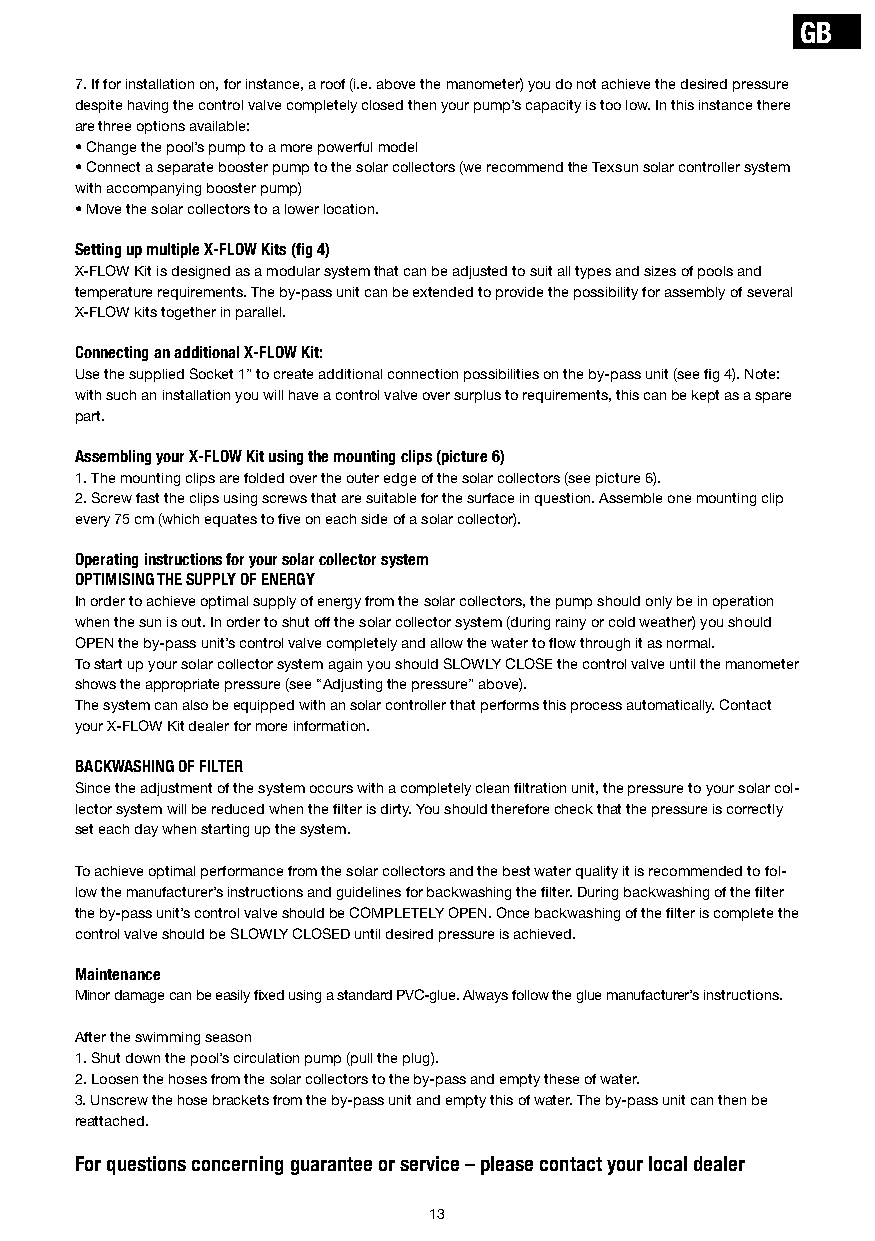
GB
 7. If for installation on, for instance, a roof (i.e. above the manometer) you do not achieve the desired pressure
 despite having the control valve completely closed then your pump’s capacity is too low. In this instance there
 are three options available:
 • Change the pool’s pump to a more powerful model
 • Connect a separate booster pump to the solar collectors (we recommend the Texsun solar controller system
 with accompanying booster pump)
 • Move the solar collectors to a lower location.
 Setting up multiple X-FLOW Kits (fig 4)
 X-FLOW Kit is designed as a modular system that can be adjusted to suit all types and sizes of pools and
 temperature requirements. The by-pass unit can be extended to provide the possibility for assembly of several
 X-FLOW kits together in parallel.
 Connecting an additional X-FLOW Kit:
 Use the supplied Socket 1” to create additional connection possibilities on the by-pass unit (see fig 4). Note:
 with such an installation you will have a control valve over surplus to requirements, this can be kept as a spare
 part.
 Assembling your X-FLOW Kit using the mounting clips (picture 6)
 1. The mounting clips are folded over the outer edge of the solar collectors (see picture 6).
 2. Screw fast the clips using screws that are suitable for the surface in question. Assemble one mounting clip
 every 75 cm (which equates to five on each side of a solar collector).
 Operating instructions for your solar collector system
 OPTIMISING THE SUPPLY OF ENERGY
 In order to achieve optimal supply of energy from the solar collectors, the pump should only be in operation
 when the sun is out. In order to shut off the solar collector system (during rainy or cold weather) you should
 OPEN the by-pass unit’s control valve completely and allow the water to flow through it as normal.
 To start up your solar collector system again you should SLOWLY CLOSE the control valve until the manometer
 shows the appropriate pressure (see “Adjusting the pressure” above).
 The system can also be equipped with an solar controller that performs this process automatically. Contact
 your X-FLOW Kit dealer for more information.
 BACKWASHING OF FILTER
 Since the adjustment of the system occurs with a completely clean filtration unit, the pressure to your solar col-
 lector system will be reduced when the filter is dirty. You should therefore check that the pressure is correctly
 set each day when starting up the system.
 To achieve optimal performance from the solar collectors and the best water quality it is recommended to fol-
 low the manufacturer’s instructions and guidelines for backwashing the filter. During backwashing of the filter
 the by-pass unit’s control valve should be COMPLETELY OPEN. Once backwashing of the filter is complete the
 control valve should be SLOWLY CLOSED until desired pressure is achieved.
 Maintenance
 Minor damage can be easily fixed using a standard PVC-glue. Always follow the glue manufacturer’s instructions.
 After the swimming season
 1. Shut down the pool’s circulation pump (pull the plug).
 2. Loosen the hoses from the solar collectors to the by-pass and empty these of water.
 3. Unscrew the hose brackets from the by-pass unit and empty this of water. The by-pass unit can then be
 reattached.
 For questions concerning guarantee or service – please contact your local dealer
 13